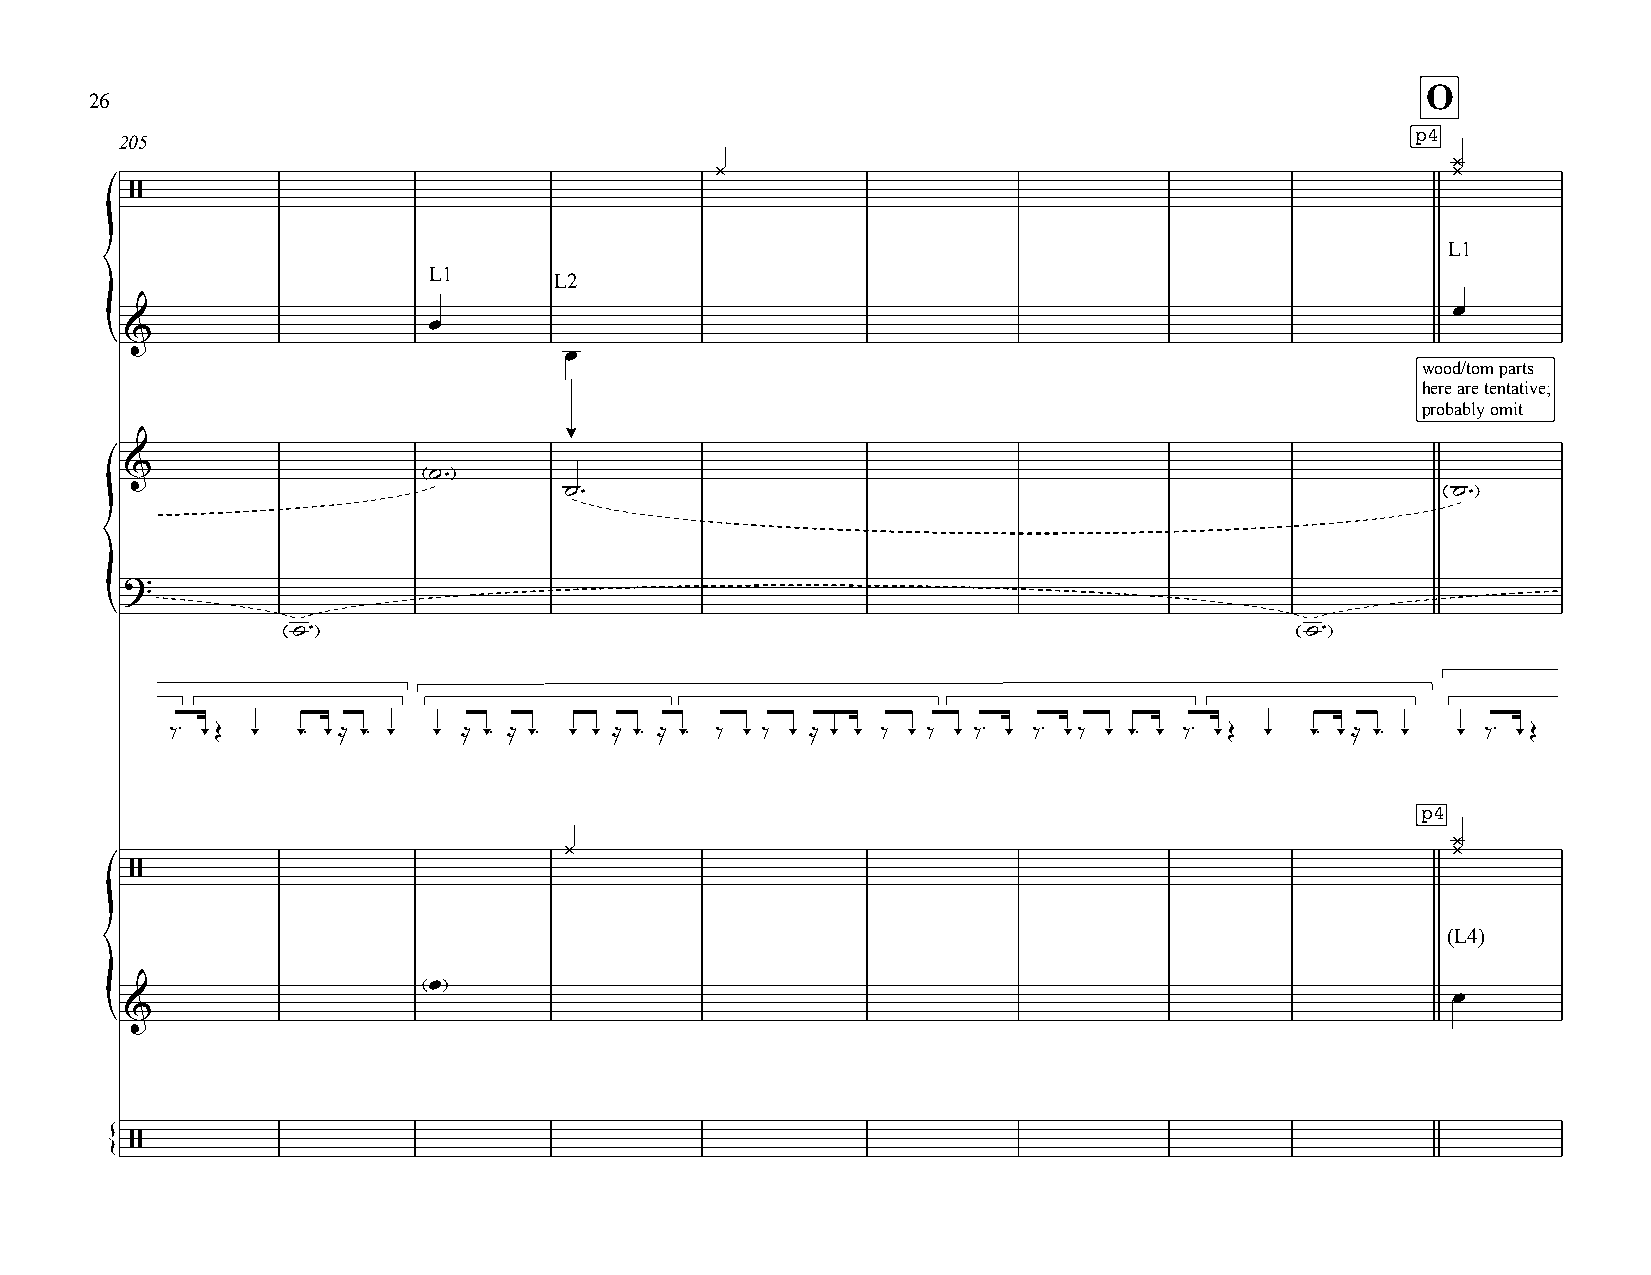
O
 26
 p4
 205
 ¿
 ¿                                                ¿
 /
 L1
 L1
 L2
 œ
 œ
 &
 {
 œ
 wood/tom parts
 here are tentative;
 probably omit
 &                   ˙
 ™
 ˙                                                          ˙
 ™                                                         ™
 ?
 {
 ˙™                                                                 ˙™
 ‰™ -Œ -  -™ -≈ -™ - - ≈ -™ ≈ -™ - - ≈ -™ ≈ -™ ‰ - ‰ - ≈ - - ‰ - ‰ - ‰™ - ‰™ -‰ - -™ - ‰™ -Œ - -™ -≈ -™ - - ‰™ -Œ
 p4
 ¿
 ¿                                                          ¿
 /
 (L4)
 œ
 œ
 &
 {
 /
 {